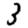
Digit: 3